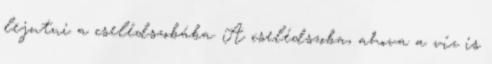
lejutni a cselédszobába. A cselédszoba, ahova a víz is